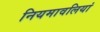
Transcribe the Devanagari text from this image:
नियमावलियां